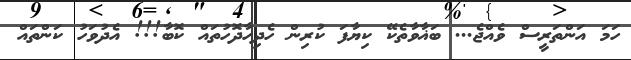
ހަމަ އަންތަރީސް ވެއްޖެ... ބަޣާވާތެކޭ ކިޔާފަ ކުރިން ހެދިހާދޮހުތައް ކޮބާ!!! އެދުވަހު ކަންތައް